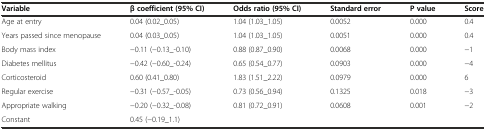
<table><thead><tr><td><b>Variable</b></td><td><b>β coefficient (95% CI)</b></td><td><b>Odds ratio (95% CI)</b></td><td><b>Standard error</b></td><td><b>P value</b></td><td><b>Score</b></td></tr></thead><tbody><tr><td>Age at entry</td><td>0.04 (0.02_0.05)</td><td>1.04 (1.03_1.05)</td><td>0.0052</td><td>0.000</td><td>0.4</td></tr><tr><td>Years passed since menopause</td><td>0.04 (0.03_0.05)</td><td>1.04 (1.03_1.05)</td><td>0.0051</td><td>0.000</td><td>0.4</td></tr><tr><td>Body mass index</td><td>−0.11 (−0.13_-0.10)</td><td>0.88 (0.87_0.90)</td><td>0.0068</td><td>0.000</td><td>−1</td></tr><tr><td>Diabetes mellitus</td><td>−0.42 (−0.60_-0.24)</td><td>0.65 (0.54_0.77)</td><td>0.0903</td><td>0.000</td><td>−4</td></tr><tr><td>Corticosteroid</td><td>0.60 (0.41_0.80)</td><td>1.83 (1.51_2.22)</td><td>0.0979</td><td>0.000</td><td>6</td></tr><tr><td>Regular exercise</td><td>−0.31 (−0.57_-0.05)</td><td>0.73 (0.56_0.94)</td><td>0.1325</td><td>0.018</td><td>−3</td></tr><tr><td>Appropriate walking</td><td>−0.20 (−0.32_-0.08)</td><td>0.81 (0.72_0.91)</td><td>0.0608</td><td>0.001</td><td>−2</td></tr><tr><td>Constant</td><td>0.45 (−0.19_1.1)</td><td>[EMPTY_CELL]</td><td>[EMPTY_CELL]</td><td>[EMPTY_CELL]</td><td>[EMPTY_CELL]</td></tr></tbody></table>